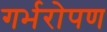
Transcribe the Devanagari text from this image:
गर्भरोपण